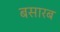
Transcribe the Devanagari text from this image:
बसारब